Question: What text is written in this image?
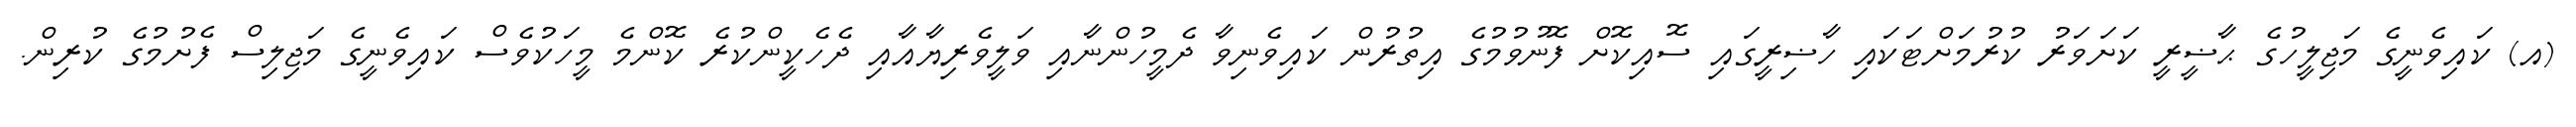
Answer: (އ) ކައިވެނީގެ މަޖިލީހުގެ ޙާޟީރީ ކަށަވަރު ކުރުމަށްޓަކައި ހާޟިރީގައި ސޮއިކޮށް ފޮނުވުމުގެ އިތުރުން ކައިވެނިވާ ދެމީހުންނާއި ވަލީވެރިޔާއާއި ދެހެކީންކުރެ ކޮންމެ މީހަކުވެސް ކައިވެނީގެ މަޖިލިސް ފެށުމުގެ ކުރިން.